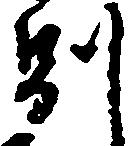
別